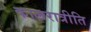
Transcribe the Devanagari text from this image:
कालरात्रीति